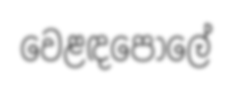
වෙළඳපොලේ